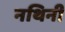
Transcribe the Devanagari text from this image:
नथिनी